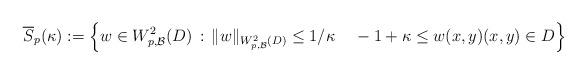
LaTeX: \begin{align*}\overline{S}_p(\kappa) & :=\left\{ w\in W_{p,\mathcal{B}}^2(D)\,:\, \|w\|_{W_{p,\mathcal{B}}^2(D)} \le 1/\kappa \;\;\;\; -1+\kappa \le w(x,y) (x,y)\in D \right\}\ \end{align*}